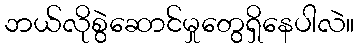
ဘယ်လိုစွဲဆောင်မှုတွေရှိနေပါလဲ။